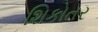
શિકોતર